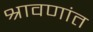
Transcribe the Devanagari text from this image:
श्रावणांत